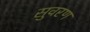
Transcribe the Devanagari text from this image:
सुवरण